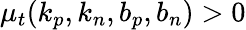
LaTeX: \mu_{t}(k_{p},k_{n},b_{p},b_{n})>0